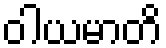
ဝါယမာတိ